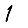
Digit: 1